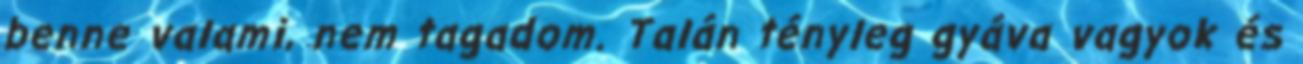
benne valami, nem tagadom. Talán tényleg gyáva vagyok és